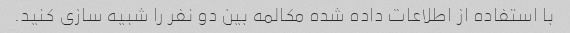
با استفاده از اطلاعات داده شده مکالمه بین دو نفر را شبیه سازی کنید.